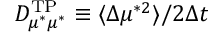
D _ { \mu ^ { * } \mu ^ { * } } ^ { \mathrm { T P } } \equiv \langle \Delta \mu ^ { * 2 } \rangle / 2 \Delta t